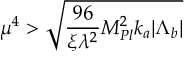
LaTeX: \mu ^ { 4 } > \sqrt { \frac { 9 6 } { \xi \lambda ^ { 2 } } M _ { P l } ^ { 2 } k _ { a } | \Lambda _ { b } | }